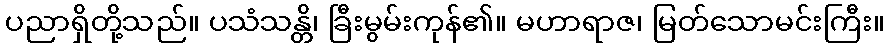
ပညာရှိတို့သည်။ ပသံသန္တိ၊ ခြီးမွမ်းကုန်၏။ မဟာရာဇ၊ မြတ်သောမင်းကြီး။